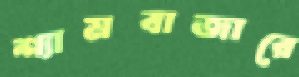
শ্যামবাজারে